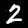
Digit: 2